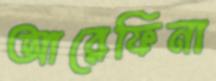
আরেফিনা